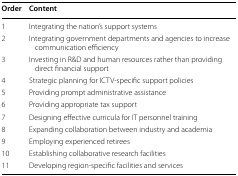
| Order | Content |
 | --- | --- |
 | 1 | Integrating the nation’s support systems |
 | 2 | Integrating government departments and agencies to increase communication efficiency |
 | 3 | Investing in R&D and human resources rather than providing direct financial support |
 | 4 | Strategic planning for ICTV-specific support policies |
 | 5 | Providing prompt administrative assistance |
 | 6 | Providing appropriate tax support |
 | 7 | Designing effective curricula for IT personnel training |
 | 8 | Expanding collaboration between industry and academia |
 | 9 | Employing experienced retirees |
 | 10 | Establishing collaborative research facilities |
 | 11 | Developing region-specific facilities and services |